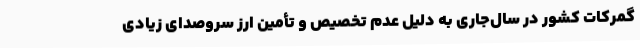
گمرکات کشور در سال‌جاری به دلیل عدم تخصیص و تأمین ارز سروصدای زیادی